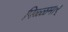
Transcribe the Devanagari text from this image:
पिळ्ळमार्